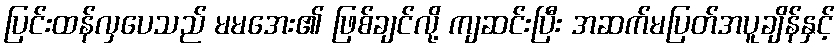
ပြင်းထန်လှပေသည် မမအေး၏ ဖြစ်ချင်လို့ ကျဆင်းပြီး အဆက်မပြတ်အပူချိန်နှင့်